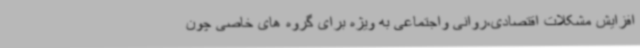
افزایش مشکلات اقتصادی،روانی واجتماعی به ویژه برای گروه های خاصی چون